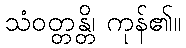
သံဝတ္တန္တိ၊ ကုန်၏။